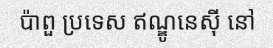
ប៉ាពួ ប្រទេស ឥណ្ឌូនេស៊ី នៅ